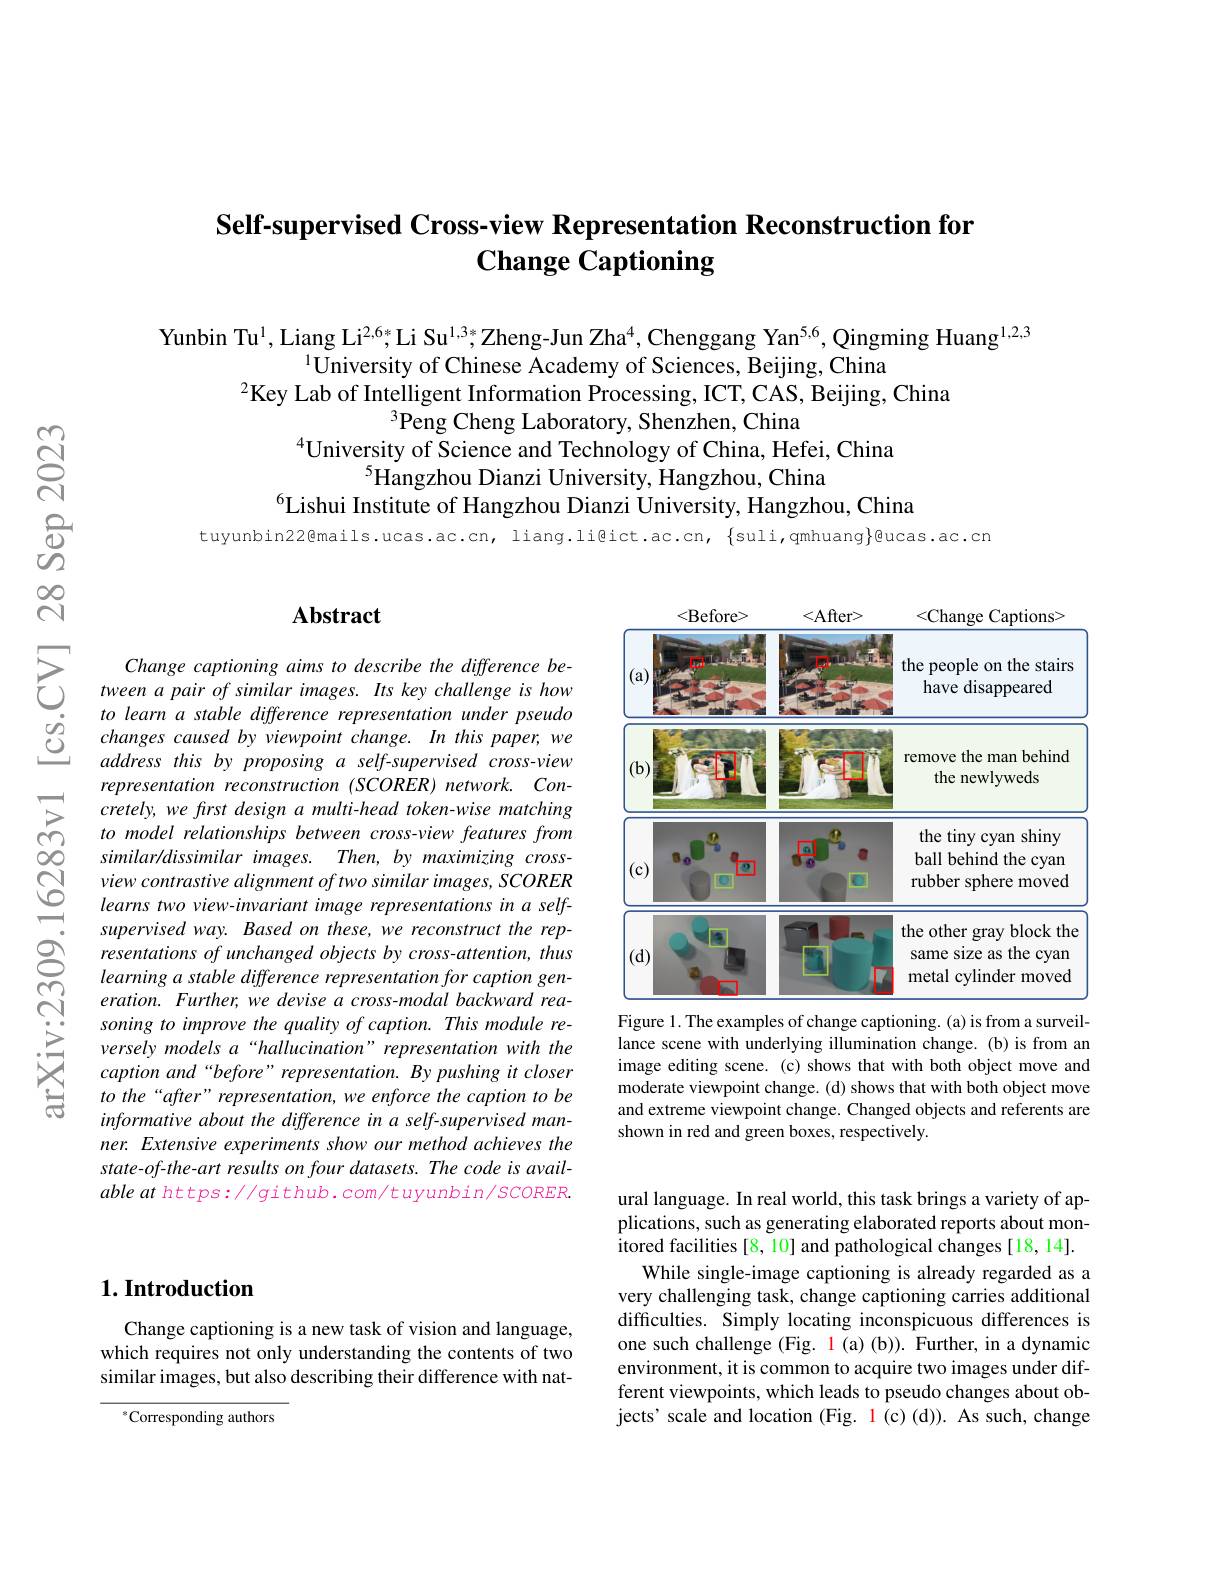
# Self-supervised Cross-view Representation Reconstruction for $\textbf{Change Captioning}$

Yunbin Tu$^{1}$, Liang Li$^{2,6*}$,Li Su$^{1,3*}$Zheng-Jun Zha$^{4}$, Chenggang Yan$^{5,6}$, Qingming Huang$^{1,2,3}$
$^{1}\bar{\text{University of Chinese Academy of Sciences, Beijing, China}}$
$^{2}$Key Lab of Intelligent Information Processing, ICT, CAS, Beijing, China
$^{3}$Peng Cheng Laboratory, Shenzhen, China
$^{4}$University of Science and Technology of China, Hefei, China
$^{5}$Hangzhou Dianzi University, Hangzhou, China
$^{6}$Lishui Institute of Hangzhou Dianzi University, Hangzhou, China

tuyunbin22@mails.ucas.ac.cn, liang.li@ict.ac.cn, {suli,qmhuang}@ucas.ac.cn

### $\mathbf{Abstract}$

<FigureHere>
Figure 1. The examples of change captioning. (a) is from a surveil-

Change captioning aims to describe the difference between a pair of similar images. Its key challenge is how to learn a stable difference representation under pseudo changes caused by viewpoint change. In this paper, we $addressthisbyproposingaself-supervisedcross-view$ representation reconstruction (SCORER) network. Concretely, we first design a multi-head token-wise matching to model relationships between cross-view features from similar/dissimilar images. Then, by maximizing crossview contrastive alignment of two similar images, SCORER learns two view-invariant image representations in a selfsupervised way. Based on these, we reconstruct the representations of unchanged objects by cross-attention, thus learning a stable difference representation for caption generation. Further, we devise a cross-modal backward reasoning to improve the quality of caption. This module reversely models a“hallucination”representation with the caption and“before”representation.Bypushing it closer to the“after”representation, we enforce the caption to be informative about the difference in a self-supervised manner. Extensive experiments show our method achieves the state-of-the-art results on four datasets. The code is avail- $ableathttps://github.com/tuyunbin/SCORER.$

lance scene with underlying illumination change. (b) is from an image editing scene. (c) shows that with both object move and moderate viewpoint change. (d) shows that with both object move and extreme viewpoint change. Changed objects and referents are shown in red and green boxes, respectively.

# $1. \textbf{Introduction}$

ural language. In real world, this task brings a variety of applications, such as generating elaborated reports about monitored facilities [8, 10] and pathological changes [18, 14].
While single-image captioning is already regarded as a very challenging task, change captioning carries additional difficulties. Simply locating inconspicuous differences is one such challenge (Fig. 1 (a) (b)). Further, in a dynamic environment, it is common to acquire two images under different viewpoints, which leads to pseudo changes about objects' scale and location (Fig. 1 (c)(d)). As such, change

Change captioning is a new task of vision and language, which requires not only understanding the contents of two similar images, but also describing their difference with nat-

$^{*}$Corresponding authors